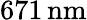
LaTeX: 671\, \mathrm{nm}